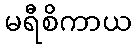
မရီစိကာယ